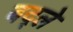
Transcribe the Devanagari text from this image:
बद्ले